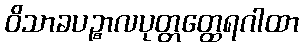
ဝိသာခပဉ္စာလပုတ္တတ္ထေရဂါထာ